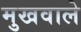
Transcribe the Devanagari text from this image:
मुखवाले